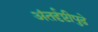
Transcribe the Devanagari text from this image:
अंतर्दृष्टीपुढे